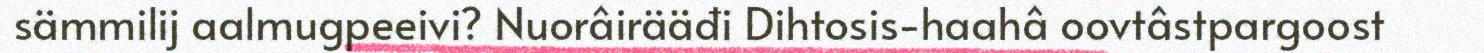
sämmilij aalmugpeeivi? Nuorâirääđi Dihtosis-haahâ oovtâstpargoost